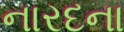
નારદના